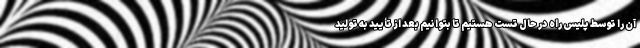
آن را توسط پلیس راه در حال تست هستیم تا بتوانیم بعد از تأیید به تولید